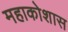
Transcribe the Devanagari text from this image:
महाकोशास